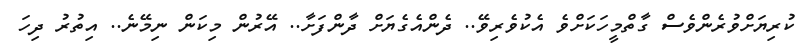
ކުރިޔަށްވުރެންވެސް ގާތްމީހަކަށްވެ އެކުވެރިވޭ.. ދެންއެގެޔަށް ދާންފަށާ.. އޭރުން މިކަން ނިމޭނެ.. އިތުރު ދިހަ